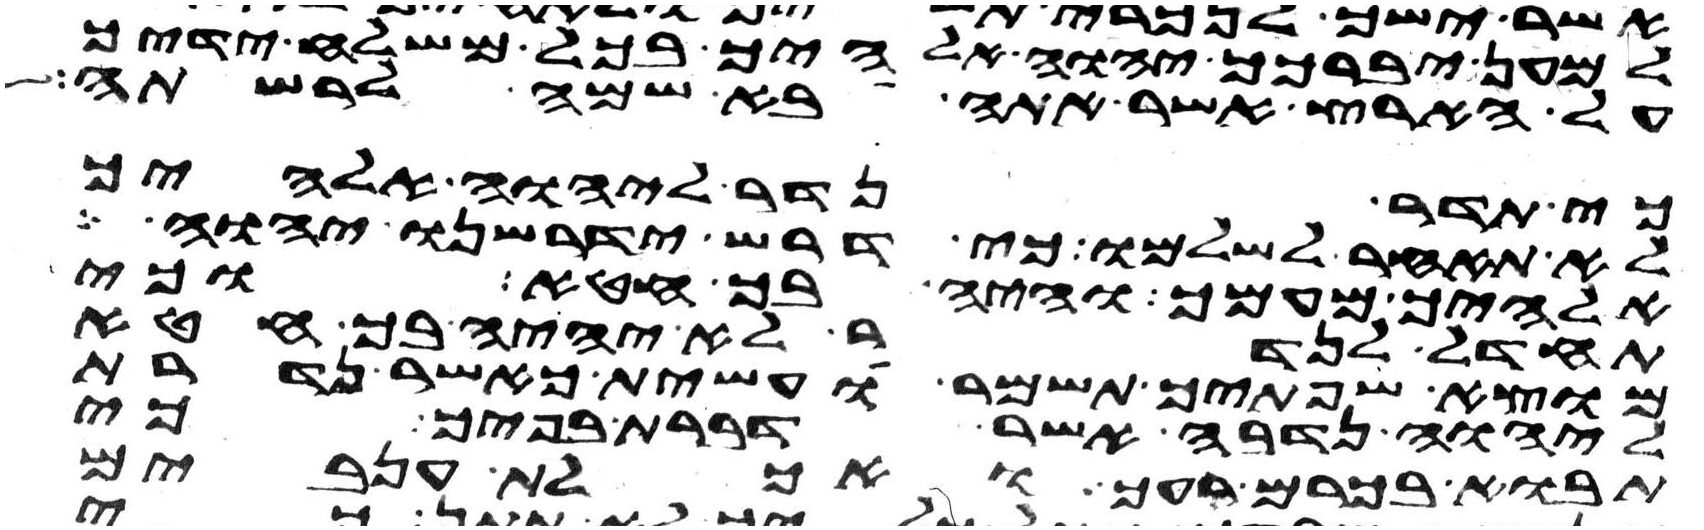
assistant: למען יברכך יהוה אלהיך בכל משלח ידיך
על הארץ אשר אתה בא שמה לרשתה
כי תדר נדר ליהוה אלהיך
לא תאחר לשלמו כי דרש ידרשנו יהוה
אלהיך מעמך והיה בך חטא וכי
תחדל לנדר לא יהיה בך חטא
מוצא שפתיך תשמר ועשית כאשר נדרת
ליהוה נדבה אשר דברת בפיך כי
תבוא בכרם רעך ואכלת ענבים